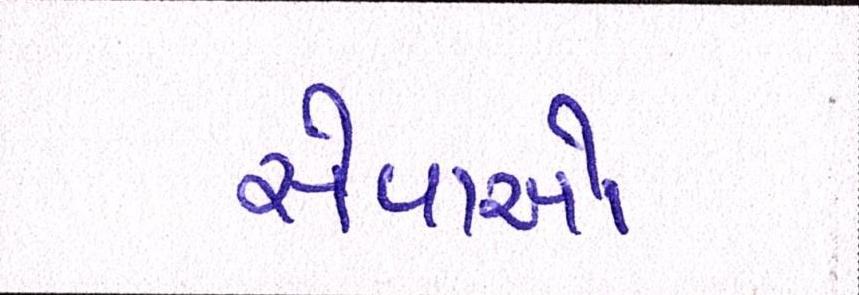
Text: સેવાઓ